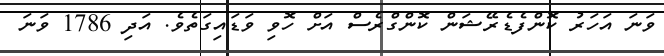
ވަނަ އަހަރު ކޮންފެޑެރޭޝަން ކޮންގްރެސް އަށް ހޮވި ވަޑައިގަތެވެ. އަދި 1786 ވަނަ